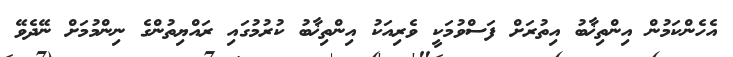
އެހެންކަމުން އިންތިޚާބު އިތުރަށް ފަސްވުމަކީ ވެރިއަކު އިންތިޚާބު ކުރުމުގައި ރައްޔިތުންގެ ނިންމުމަށް ނޭދެވޭ